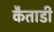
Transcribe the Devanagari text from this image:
कैताडी